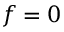
f = 0